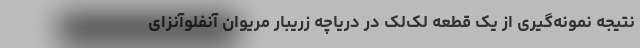
نتیجه نمونه‌گیری از یک قطعه لک‌لک در دریاچه زریبار مریوان آنفلوآنزای